Indian journal of veterinary science and animal husbandry - Volumes 18-21, 1948-1951
Year: 1948
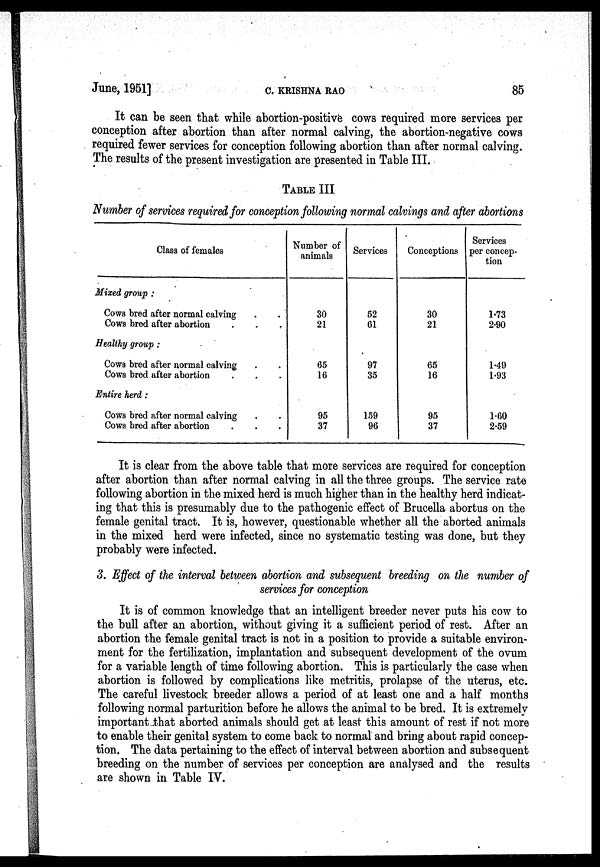
June, 1951]
C.
KRISHNA
RAO
85
It can be seen that while abortion-positive cows required more services per
conception after abortion than after normal calving, the abortion-negative cows
required fewer services for conception following abortion than after normal calving.
The results of the present investigation are presented in Table III.
TABLE III
Number of services required for conception following normal calvings and after abortions
Class of females
Mixed group:
Cows bred after normal calving . .
Cows bred after abortion . . .
Healthy group:
Cows bred after normal calving . .
Cows bred after abortion . . .
Entire herd:
Cows bred after normal calving . .
Cows bred after abortion . . .
Number of
animals
30
21
65
16
95
37
Services
52
61
97
35
159
96
Conceptions
30
21
65
16
95
37
Services
per concep-
tion
1.73
2.90
1.49
1.93
1.60
2.59
It is clear from the above table that more services are required for conception
after abortion than after normal calving in all the three groups. The service rate
following abortion in the mixed herd is much higher than in the healthy herd indicat-
ing that this is presumably due to the pathogenic effect of Brucella abortus on the
female genital tract. It is, however, questionable whether all the aborted animals
in the mixed herd were infected, since no systematic testing was done, but they
probably were infected.
3. Effect of the interval between abortion and subsequent breeding on the number of
services for conception
It is of common knowledge that an intelligent breeder never puts his cow to
the bull after an abortion, without giving it a sufficient period of rest. After an
abortion the female genital tract is not in a position to provide a suitable environ-
ment for the fertilization, implantation and subsequent development of the ovum
for a variable length of time following abortion. This is particularly the case when
abortion is followed by complications like metritis, prolapse of the uterus, etc.
The careful livestock breeder allows a period of at least one and a half months
following normal parturition before he allows the animal to be bred. It is extremely
important that aborted animals should get at least this amount of rest if not more
to enable their genital system to come back to normal and bring about rapid concep-
tion. The data pertaining to the effect of interval between abortion and subsequent
breeding on the number of services per conception are analysed and the results
are shown in Table IV.